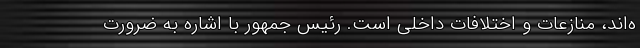
ه‌اند، منازعات و اختلافات داخلی است. رئیس جمهور با اشاره به ضرورت